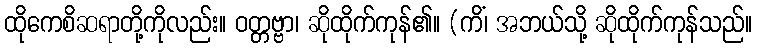
ထိုကေစိဆရာတို့ကိုလည်း။ ဝတ္တဗ္ဗာ၊ ဆိုထိုက်ကုန်၏။ (ကိံ၊ အဘယ်သို့ ဆိုထိုက်ကုန်သည်။